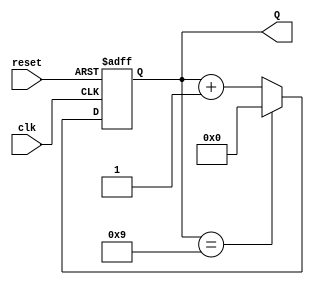
module decade_counter (
    input wire clk,        // Clock input
    input wire reset,      // Asynchronous reset input
    output reg [3:0] Q     // 4-bit output representing the current count state
);

// Asynchronous reset and counting logic
always @(posedge clk or posedge reset) begin
    if (reset) begin
        Q <= 4'b0000; // Reset the counter to 0
    end else begin
        // Count logic: increment the counter
        if (Q == 4'b1001) begin
            Q <= 4'b0000; // Reset to 0 after reaching 9
        end else begin
            Q <= Q + 1; // Increment the counter
        end
    end
end

endmodule